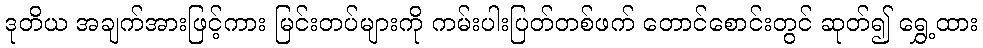
ဒုတိယ အချက်အားဖြင့်ကား မြင်းတပ်များကို ကမ်းပါးပြတ်တစ်ဖက် တောင်စောင်းတွင် ဆုတ်၍ ရွှေ့ထား